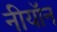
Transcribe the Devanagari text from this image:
नीयॉन